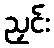
ညှင်း